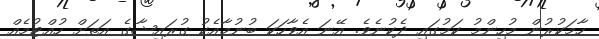
ހާމަކުރުން މުހިންމު ކަމުގައި ދެކުނެވެ. އޭނަ އެވާހަކަ ބުނުމާއެކު ގުރައިޝާގެ އަތަށް ހުއްޓުމެއް